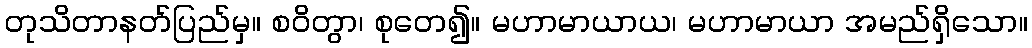
တုသိတာနတ်ပြည်မှ။ စဝိတွာ၊ စုတေ၍။ မဟာမာယာယ၊ မဟာမာယာ အမည်ရှိသော။